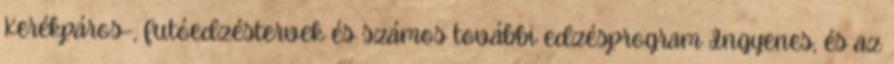
Kerékpáros-, futóedzéstervek és számos további edzésprogram Ingyenes, és az